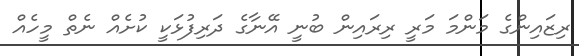
ރިޒައިންގެ މަންމަ މަރީ ރިރަައިން ބުނީ އޭނާގެ ދަރިފުޅަކީ ކުށެއް ނެތް މީހެއް